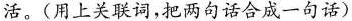
活。(用上关联词，把两句话合成一句话)